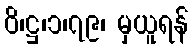
ဝိ၊ဋ္ဌ၊၁၊၇၉၊ မှယူရန်